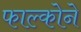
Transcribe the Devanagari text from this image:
फाल्कोने